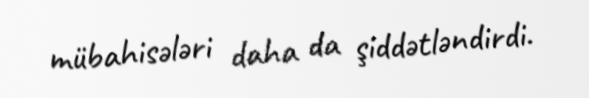
mübahisələri daha da şiddətləndirdi.